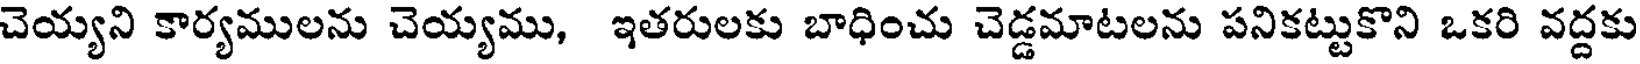
చెయ్యని కార్యములను చెయ్యము, ఇతరులకు బాధించు చెడ్డమాటలను పనికట్టుకొని ఒకరి వద్దకు